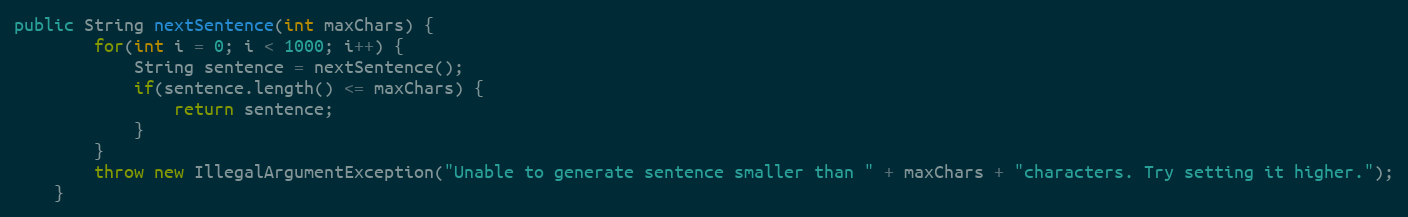
Language: Java
public String nextSentence(int maxChars) {
		for(int i = 0; i < 1000; i++) {
			String sentence = nextSentence();
			if(sentence.length() <= maxChars) {
				return sentence;
			}
		}
		throw new IllegalArgumentException("Unable to generate sentence smaller than " + maxChars + "characters. Try setting it higher.");
	}